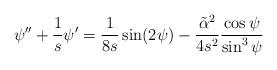
LaTeX: \begin{align*} \psi''+\frac{1}{s}\psi'=\frac{1}{8s}\sin(2\psi)-\frac{\tilde{\alpha}^2}{4s^2}\frac{\cos\psi}{\sin^3\psi}\end{align*}